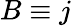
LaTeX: B\equiv j